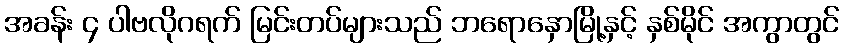
အခန်း ၄ ပါဗလိုဂရက် မြင်းတပ်များသည် ဘရောနှောမြို့နှင့် နှစ်မိုင် အကွာတွင်